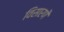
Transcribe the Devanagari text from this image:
विसारणै